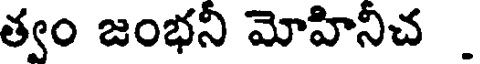
త్వం జంభనీ మోహినిచ _